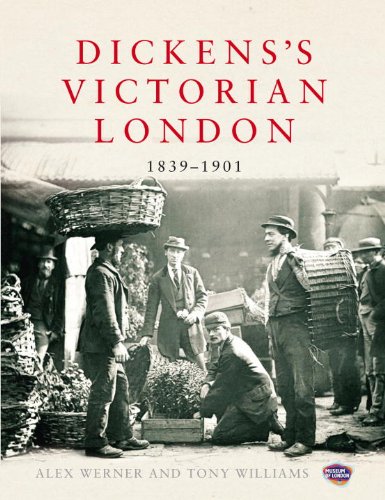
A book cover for Dickens's Victorian London: 1839EE1901; Alex Werner; Travel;